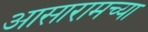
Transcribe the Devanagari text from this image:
आसारामच्या